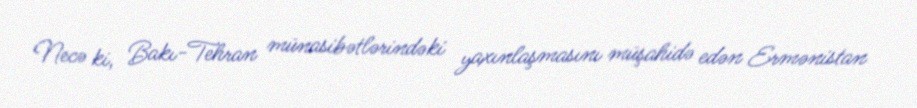
Necə ki, Bakı-Tehran münasibətlərindəki yaxınlaşmasını müşahidə edən Ermənistan